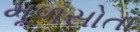
મૂળસોતા